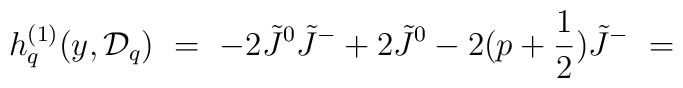
h_q^{(1)}(y,{\cal D}_q)\ =\ -2\tilde J^0 \tilde J^- +2 \tilde J^0 - 2(p+\frac{1}{2}) \tilde J^- \ =